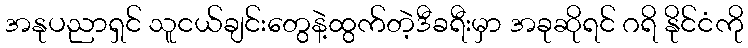
အနုပညာရှင် သူငယ်ချင်းတွေနဲ့ထွက်တဲ့ဒီခရီးမှာ အခုဆိုရင် ဂရိ နိုင်ငံကို